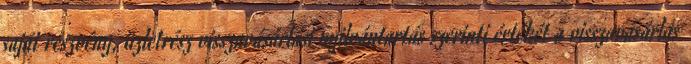
saját részvény, üzletrész visszavásárlási nyilvántartás szerinti értékét a visszavásárlás